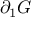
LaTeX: \partial _ { 1 } G